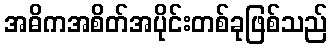
အဓိကအစိတ်အပိုင်းတစ်ခုဖြစ်သည်